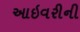
આઇવરીની